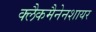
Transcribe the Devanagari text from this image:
क्लैकमैनेनशायर